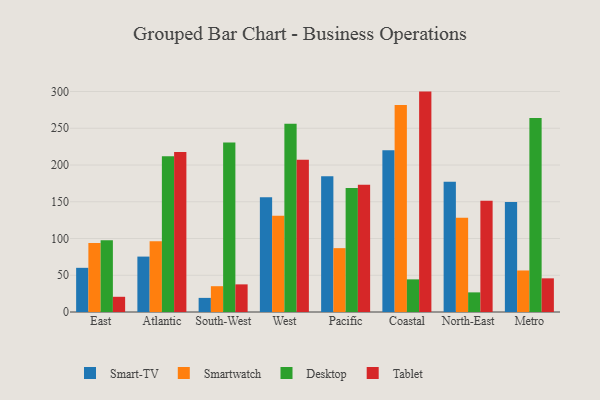
{"axis": {"x": "Region", "y": "Inventory Turnover"}, "legend": ["Desktop", "Smart-TV", "Smartwatch", "Tablet"], "data": [{"x": "East", "y": 60.1, "type": "Smart-TV"}, {"x": "East", "y": 94.0, "type": "Smartwatch"}, {"x": "East", "y": 97.8, "type": "Desktop"}, {"x": "East", "y": 20.7, "type": "Tablet"}, {"x": "Atlantic", "y": 75.4, "type": "Smart-TV"}, {"x": "Atlantic", "y": 96.3, "type": "Smartwatch"}, {"x": "Atlantic", "y": 211.9, "type": "Desktop"}, {"x": "Atlantic", "y": 217.6, "type": "Tablet"}, {"x": "South-West", "y": 19.2, "type": "Smart-TV"}, {"x": "South-West", "y": 35.1, "type": "Smartwatch"}, {"x": "South-West", "y": 230.5, "type": "Desktop"}, {"x": "South-West", "y": 37.6, "type": "Tablet"}, {"x": "West", "y": 156.1, "type": "Smart-TV"}, {"x": "West", "y": 130.8, "type": "Smartwatch"}, {"x": "West", "y": 256.1, "type": "Desktop"}, {"x": "West", "y": 207.3, "type": "Tablet"}, {"x": "Pacific", "y": 184.7, "type": "Smart-TV"}, {"x": "Pacific", "y": 86.9, "type": "Smartwatch"}, {"x": "Pacific", "y": 168.6, "type": "Desktop"}, {"x": "Pacific", "y": 173.2, "type": "Tablet"}, {"x": "Coastal", "y": 220.2, "type": "Smart-TV"}, {"x": "Coastal", "y": 281.8, "type": "Smartwatch"}, {"x": "Coastal", "y": 44.4, "type": "Desktop"}, {"x": "Coastal", "y": 299.9, "type": "Tablet"}, {"x": "North-East", "y": 177.1, "type": "Smart-TV"}, {"x": "North-East", "y": 128.4, "type": "Smartwatch"}, {"x": "North-East", "y": 26.7, "type": "Desktop"}, {"x": "North-East", "y": 151.4, "type": "Tablet"}, {"x": "Metro", "y": 149.8, "type": "Smart-TV"}, {"x": "Metro", "y": 56.5, "type": "Smartwatch"}, {"x": "Metro", "y": 264.1, "type": "Desktop"}, {"x": "Metro", "y": 45.8, "type": "Tablet"}]}